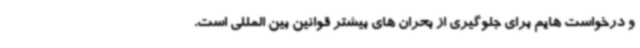
و درخواست هایم برای جلوگیری از بحران های بیشتر قوانین بین المللی است.